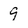
Character: 9